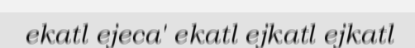
ekatl ejeca' ekatl ejkatl ejkatl